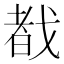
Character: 𫻷